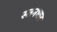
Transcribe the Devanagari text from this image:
स्तनभार